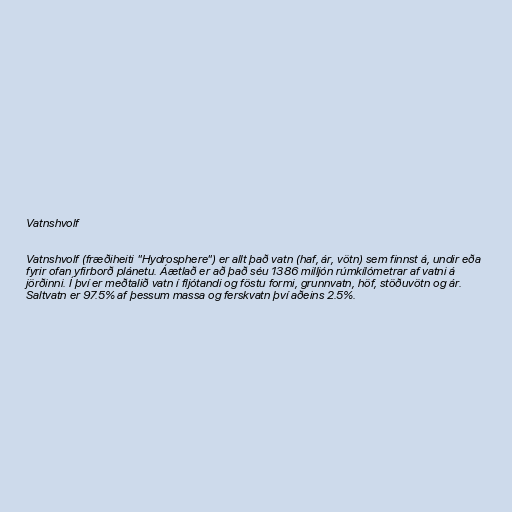
Vatnshvolf

Vatnshvolf (fræðiheiti "Hydrosphere") er allt það vatn (haf, ár, vötn) sem finnst á, undir eða
fyrir ofan yfirborð plánetu. Áætlað er að það séu 1386 milljón rúmkílómetrar af vatni á
jörðinni. Í því er meðtalið vatn í fljótandi og föstu formi, grunnvatn, höf, stöðuvötn og ár.
Saltvatn er 97.5% af þessum massa og ferskvatn því aðeins 2.5%.